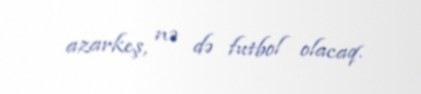
azarkeş, nə də futbol olacaq.